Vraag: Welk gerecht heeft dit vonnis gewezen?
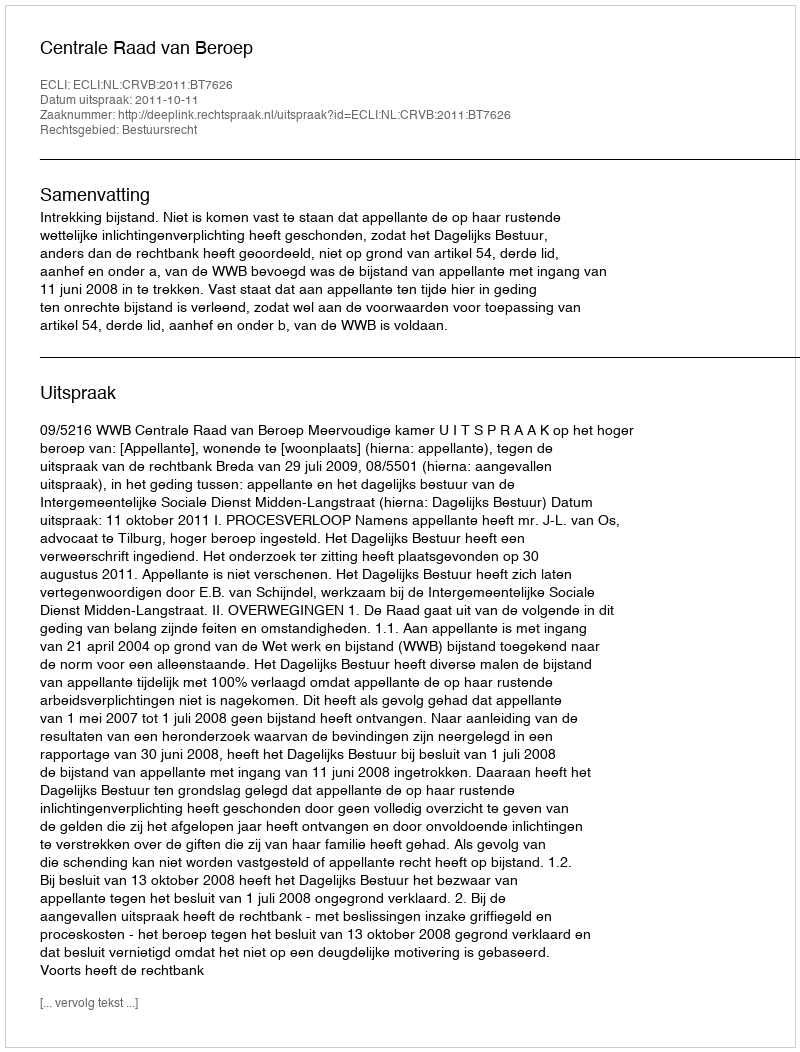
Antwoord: Centrale Raad van Beroep